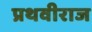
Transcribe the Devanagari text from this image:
प्रथवीराज